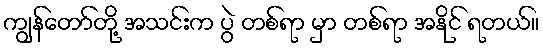
ကျွန်တော်တို့ အသင်းက ပွဲ တစ်ရာ မှာ တစ်ရာ အနိုင် ရတယ်။